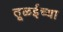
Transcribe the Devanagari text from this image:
तूळईच्या